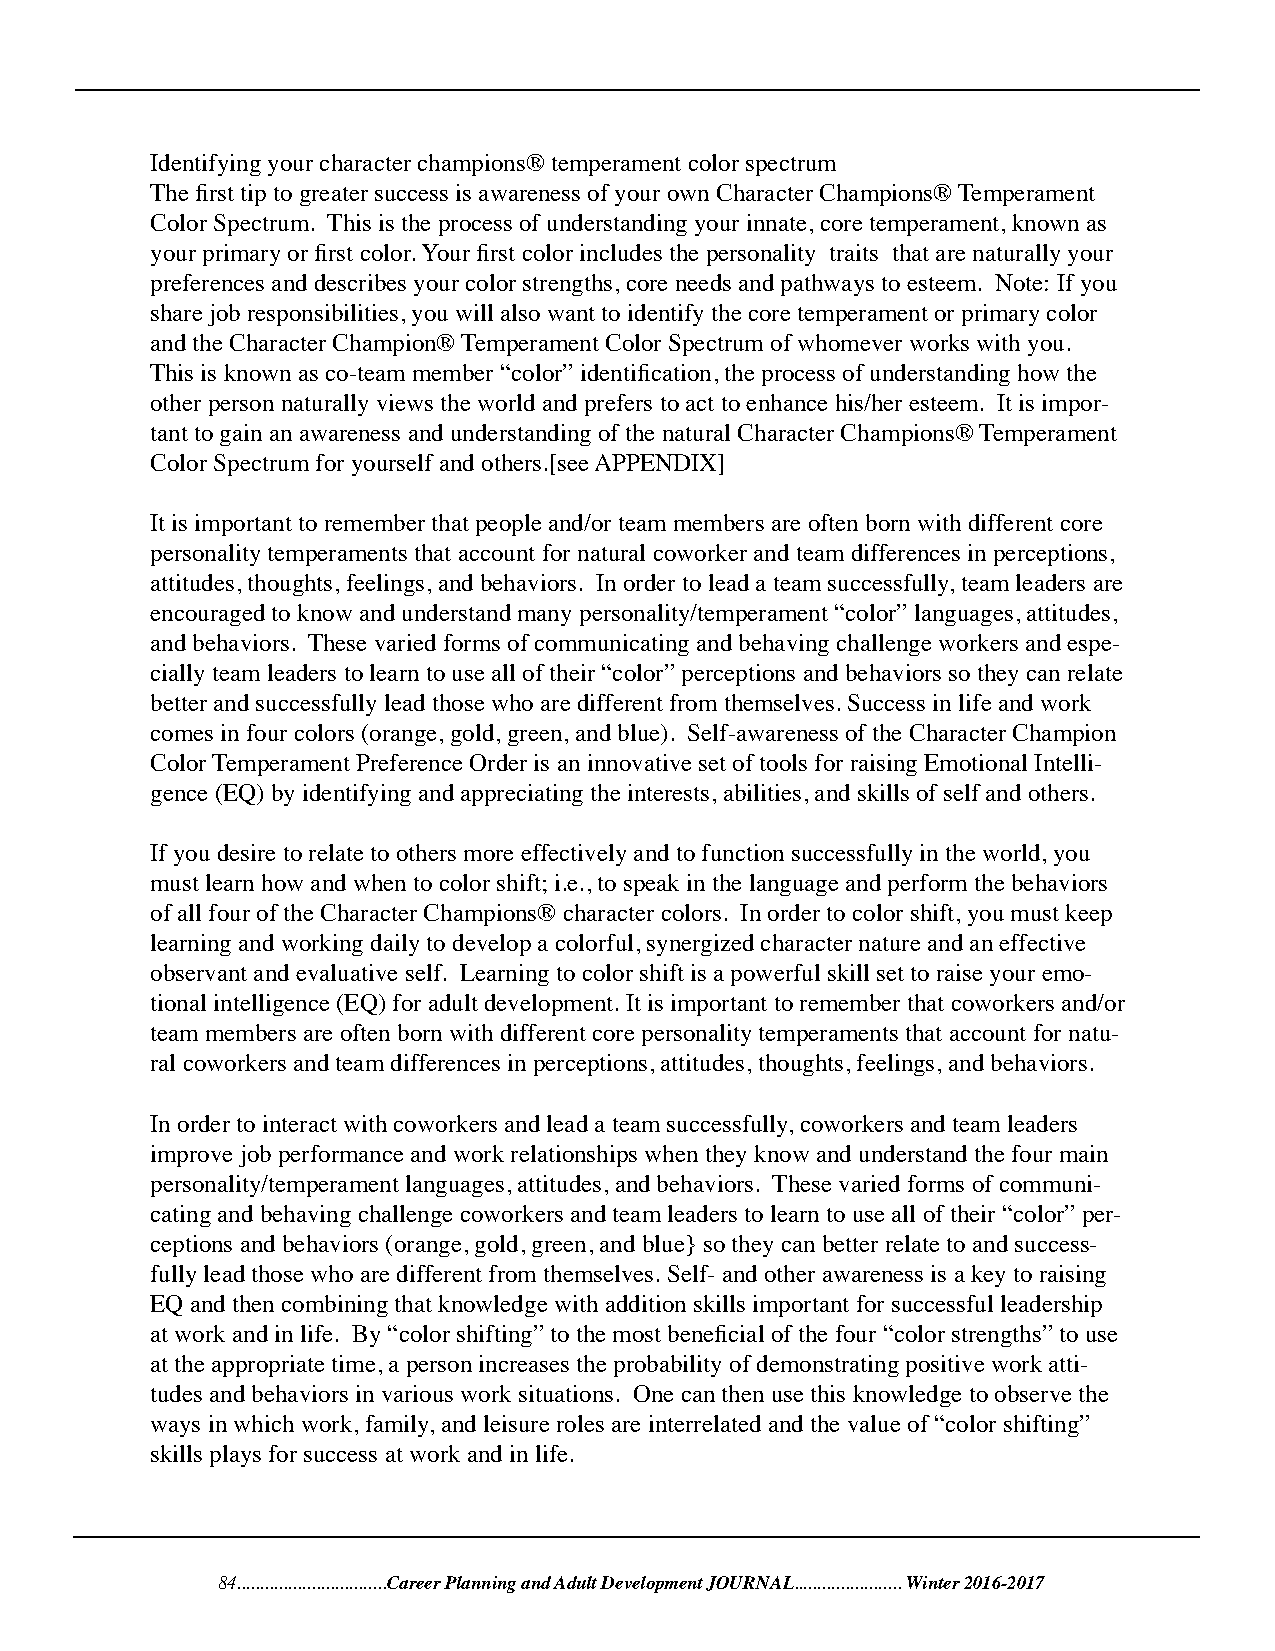
Identifying your character champions® temperament color spectrum
 The first tip to greater success is awareness of your own Character Champions® Temperament
 Color Spectrum. This is the process of understanding your innate, core temperament, known as
 your primary or first color. Your first color includes the personality traits that are naturally your
 preferences and describes your color strengths, core needs and pathways to esteem. Note: If you
 share job responsibilities, you will also want to identify the core temperament or primary color
 and the Character Champion® Temperament Color Spectrum of whomever works with you.
 This is known as co-team member “color” identification, the process of understanding how the
 other person naturally views the world and prefers to act to enhance his/her esteem. It is impor-
 tant to gain an awareness and understanding of the natural Character Champions® Temperament
 Color Spectrum for yourself and others.[see APPENDIX]
 It is important to remember that people and/or team members are often born with different core
 personality temperaments that account for natural coworker and team differences in perceptions,
 attitudes, thoughts, feelings, and behaviors. In order to lead a team successfully, team leaders are
 encouraged to know and understand many personality/temperament “color” languages, attitudes,
 and behaviors. These varied forms of communicating and behaving challenge workers and espe-
 cially team leaders to learn to use all of their “color” perceptions and behaviors so they can relate
 better and successfully lead those who are different from themselves. Success in life and work
 comes in four colors (orange, gold, green, and blue). Self-awareness of the Character Champion
 Color Temperament Preference Order is an innovative set of tools for raising Emotional Intelli-
 gence (EQ) by identifying and appreciating the interests, abilities, and skills of self and others.
 If you desire to relate to others more effectively and to function successfully in the world, you
 must learn how and when to color shift; i.e., to speak in the language and perform the behaviors
 of all four of the Character Champions® character colors. In order to color shift, you must keep
 learning and working daily to develop a colorful, synergized character nature and an effective
 observant and evaluative self. Learning to color shift is a powerful skill set to raise your emo-
 tional intelligence (EQ) for adult development. It is important to remember that coworkers and/or
 team members are often born with different core personality temperaments that account for natu-
 ral coworkers and team differences in perceptions, attitudes, thoughts, feelings, and behaviors.
 In order to interact with coworkers and lead a team successfully, coworkers and team leaders
 improve job performance and work relationships when they know and understand the four main
 personality/temperament languages, attitudes, and behaviors. These varied forms of communi-
 cating and behaving challenge coworkers and team leaders to learn to use all of their “color” per-
 ceptions and behaviors (orange, gold, green, and blue} so they can better relate to and success-
 fully lead those who are different from themselves. Self- and other awareness is a key to raising
 EQ and then combining that knowledge with addition skills important for successful leadership
 at work and in life. By “color shifting” to the most beneficial of the four “color strengths” to use
 at the appropriate time, a person increases the probability of demonstrating positive work atti-
 tudes and behaviors in various work situations. One can then use this knowledge to observe the
 ways in which work, family, and leisure roles are interrelated and the value of “color shifting”
 skills plays for success at work and in life.
 84................................Career Planning and Adult Development JOURNAL....................... Winter 2016-2017